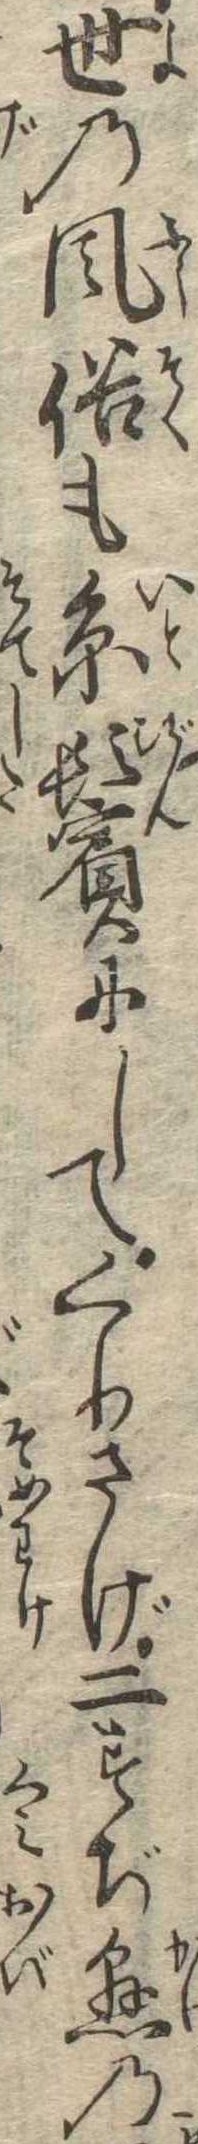
世の風俗も糸鬢にしてくりさげ二すぢ懸の